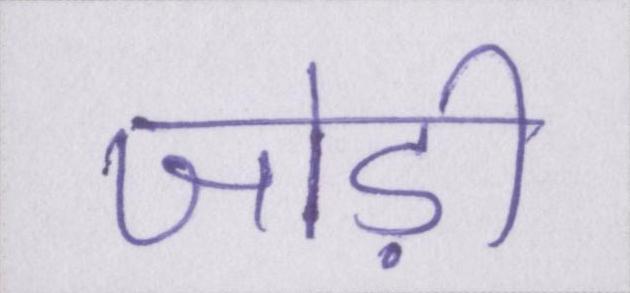
जोड़ी